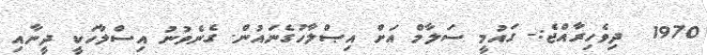
1970  ދިވެހިރާއްޖެ:- ގައުމީ ސަލާމް އަށް އިޞްލާހުގެނައުން. ގެނެވުނު އިސްލާހަކީ ދީނާއި